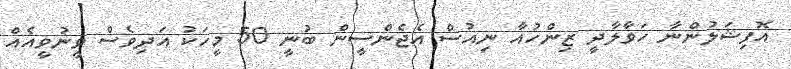
އޮފިޝަލުންނާ ހަވާލާދީ ޒިންހުއާ ނިއުސް އެޖެންސީން ބުނީ 50 މީހަކު އަދިވެސް ވީނުވީއެއް